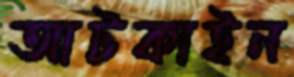
আটকাইন